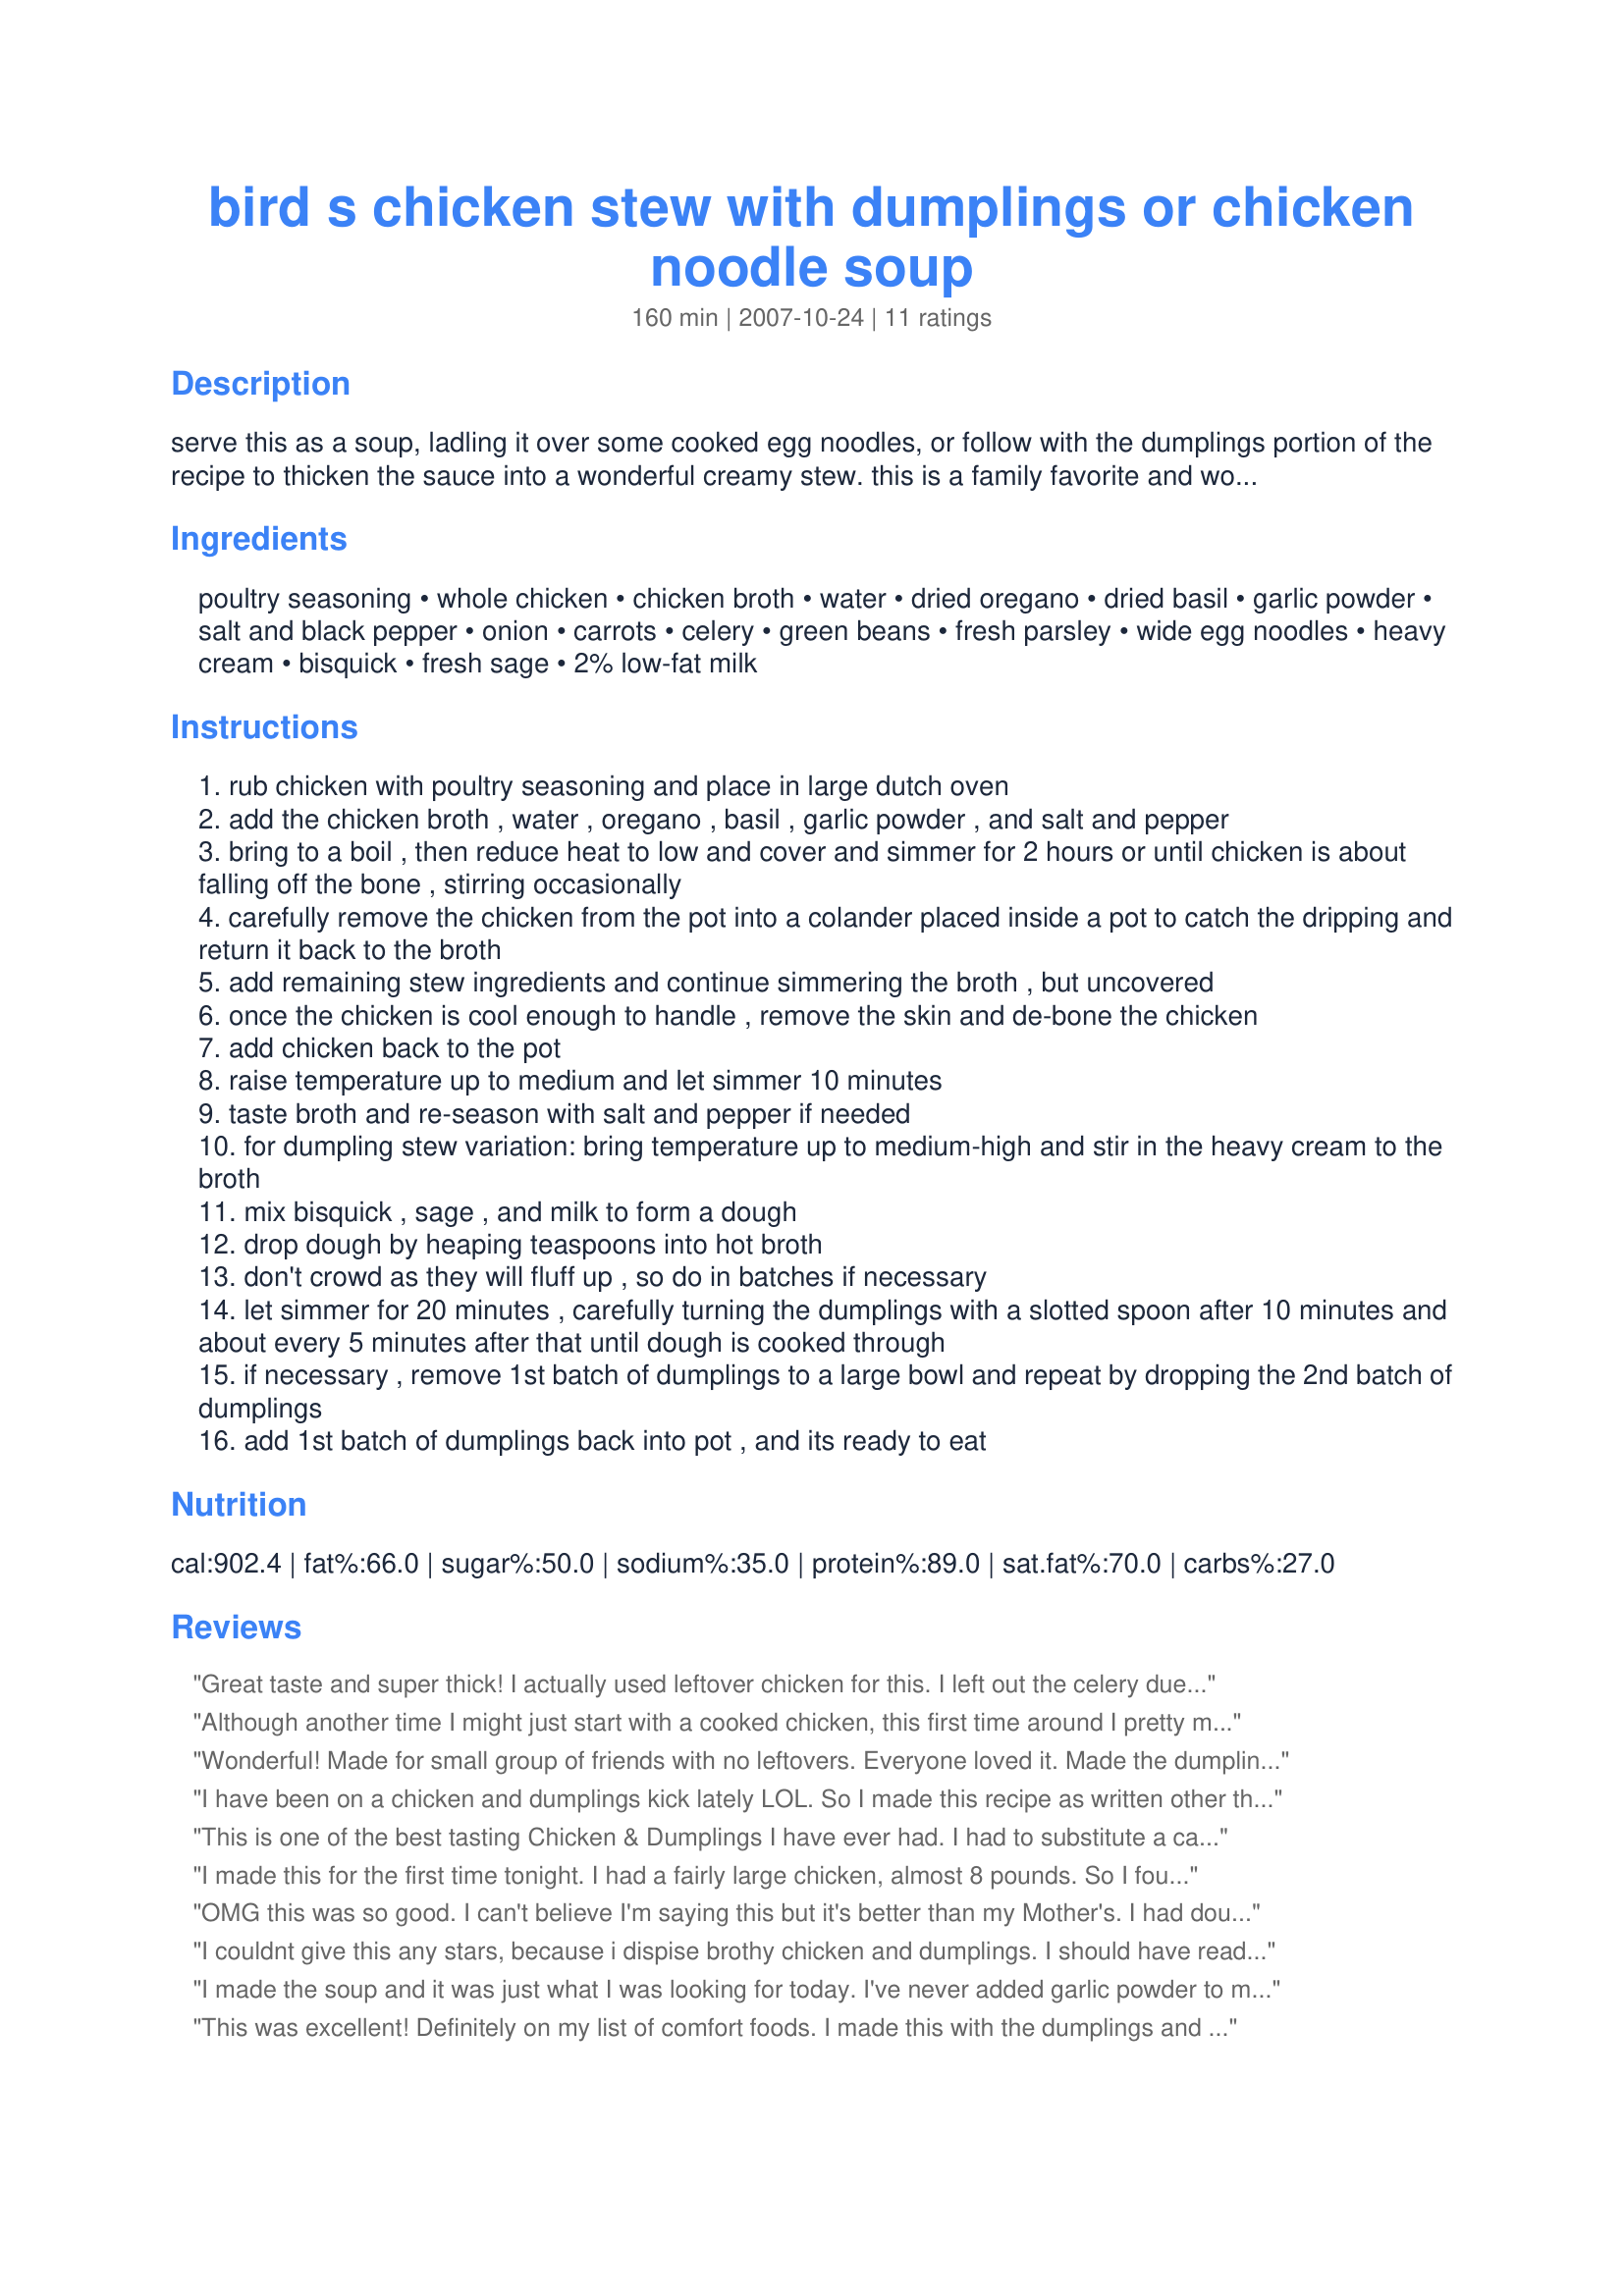
bird s chicken stew with dumplings or chicken noodle soup
Preparation time: 160 minutes

serve this as a soup, ladling it over some cooked egg noodles, or follow with the dumplings portion of the recipe to thicken the sauce into a wonderful creamy stew. this is a family favorite and wonderful comfort food.

Ingredients:
poultry seasoning, whole chicken, chicken broth, water, dried oregano, dried basil, garlic powder, salt and black pepper, onion, carrots, celery, green beans, fresh parsley, wide egg noodles, heavy cream, bisquick, fresh sage, 2% low-fat milk

Steps:
rub chicken with poultry seasoning and place in large dutch oven
add the chicken broth , water , oregano , basil , garlic powder , and salt and pepper
bring to a boil , then reduce heat to low and cover and simmer for 2 hours or until chicken is about falling off the bone , stirring occasionally
carefully remove the chicken from the pot into a colander placed inside a pot to catch the dripping and return it back to the broth
add remaining stew ingredients and continue simmering the broth , but uncovered
once the chicken is cool enough to handle , remove the skin and de-bone the chicken
add chicken back to the pot
raise temperature up to medium and let simmer 10 minutes
taste broth and re-season with salt and pepper if needed
for dumpling stew variation: bring temperature up to medium-high and stir in the heavy cream to the broth
mix bisquick , sage , and milk to form a dough
drop dough by heaping teaspoons into hot broth
don't crowd as they will fluff up , so do in batches if necessary
let simmer for 20 minutes , carefully turning the dumplings with a slotted spoon after 10 minutes and about every 5 minutes after that until dough is cooked through
if necessary , remove 1st batch of dumplings to a large bowl and repeat by dropping the 2nd batch of dumplings
add 1st batch of dumplings back into pot , and its ready to eat

Reviews:
Great taste and super thick! I actually used leftover chicken for this. I left out the celery due to personal taste but added in celery salt. Thanks, 2Bleu!
Although another time I might just start with a cooked chicken, this first time around I pretty much followed the recipe for the stew with dumplings & had an absolutely great, wonderfully flavorful chicken dinner! Definitely worth making again! Thanks for this stew recipe keeper! [Tagged & made in Please Review My Recipe]
Wonderful! Made for small group of friends with no leftovers. Everyone loved it. Made the dumpling version.
I have been on a chicken and dumplings kick lately LOL. So I made this recipe as written other then I made it into the soup version with the noodles. I also used two cans of mixed veggies instead of the veggies indicated. I had cooked chicken in my freezer so used that which made this recipe easy and quick to make. Everyone enjoyed it.
This is one of the best tasting Chicken & Dumplings I have ever had. I had to substitute a can of evaporated milk for the heavy cream because mine had gone bad. I also left out the green beans & onion but added onion powder. Excellent!!!
I made this for the first time tonight. I had a fairly large chicken, almost 8 pounds. So I found that I needed a great deal more liquid. I ended up using a total of 9 cups of water and broth. I made the stew version, and since time is a factor, I actually cooked the chicken overnight in the slow cooker on low. This morning I removed skin & bones and shredded chicken, it was literally falling off the bones and smelled wonderful. I added the chicken back and the veggies and left the slow cooker on low all day. I waited until 30 minutes before making dumplings to add the canned green beans and heavy cream. Everybody had seconds and said it was a keeper recipe. I have plenty left for another night, but will have to make more dumplings for the left overs. I didn't have fresh herbs on hand, so I used 1/2 tsp ground sage and 1 tsp parsley in the dumplings. Thanks for posting!
OMG this was so good. I can't believe I'm saying this but it's better than my Mother's. I had doubts about the amount of liquids but in the end the broth was so thick and rich it was perfect. Thanks for sharing. My husband ask to have this again son.
I couldnt give this any stars, because i dispise brothy chicken and dumplings. I should have read the whole recipe, because the milk was only for the dumplings. Im sure this would be a good recipe if you like that kind of chicken and dumplings, which alot of people do, but i was expecting "creamy" like the title says. I added a can of cream of chicken and some milk, and it was a great dinner.
I made the soup and it was just what I was looking for today. I've never added garlic powder to my chicken soups but I have no idea why because it works very well. I didn't have any green beans but everything else went in and it was a wonderful old fashioned chicken soup that is pure comfort. Delicious.
This was excellent! Definitely on my list of comfort foods. I made this with the dumplings and everyone loved it! Another keeper!
This ended up being delicious soup, but I think the recipe as written is probably more suited to make the stew. There wasn't enough liquid to handle all the meat and veggies plus the seasonings seemed overpowering for only 4 cups of liquid. However, after adding 1 additional cup of broth and 1 additional cup of water, the seasoning was perfect. I only used half of the meat in the soup; the rest I put away for another use (even with the extra liquid, there just wasn't enough for all of the meat plus the other ingredients). I cooked 1 lb. of pasta, but only needed half of it because of the amount of broth. I definitely would make this again because the flavor was outstanding, but I would do so with the changes I made above. I would have tried the stew version, but we're trying to eat healthier! Thanks for posting!
